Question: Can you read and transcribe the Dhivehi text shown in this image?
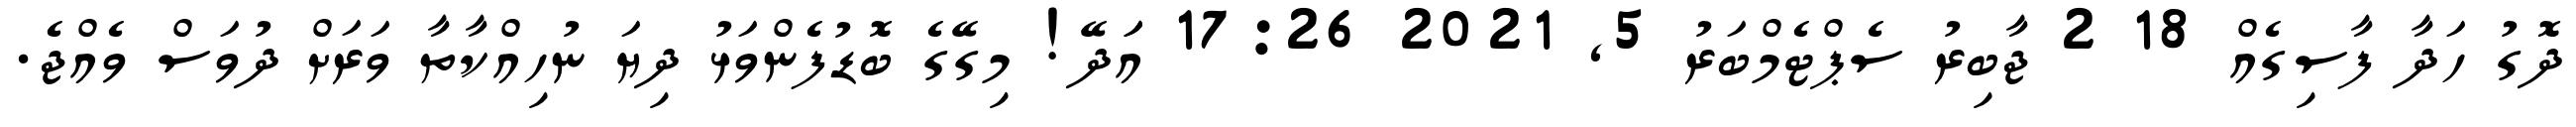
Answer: ދޮގު ހަދާ ފާސިގެއް 18 2 ޖާބިރު ސެޕްޓެމްބަރު 5, 2021 17:26 އަަދޭ! މިގޭގެ ބޮޑުފެންވަޅު ދިޔަ ނުހިއްކާތާ ވަރަށް ދުވަސް ވެއްޖެ.